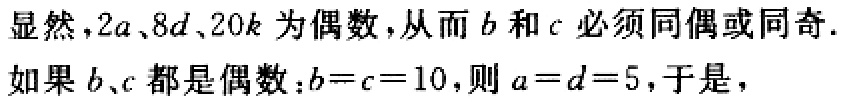
显然，\(2a、8d、20k\)为偶数，从而\(b\)和\(c\)必须同偶或同奇.

如果\(b、c\)都是偶数：\(b = c = 10\)，则\(a = d = 5\)，于是，